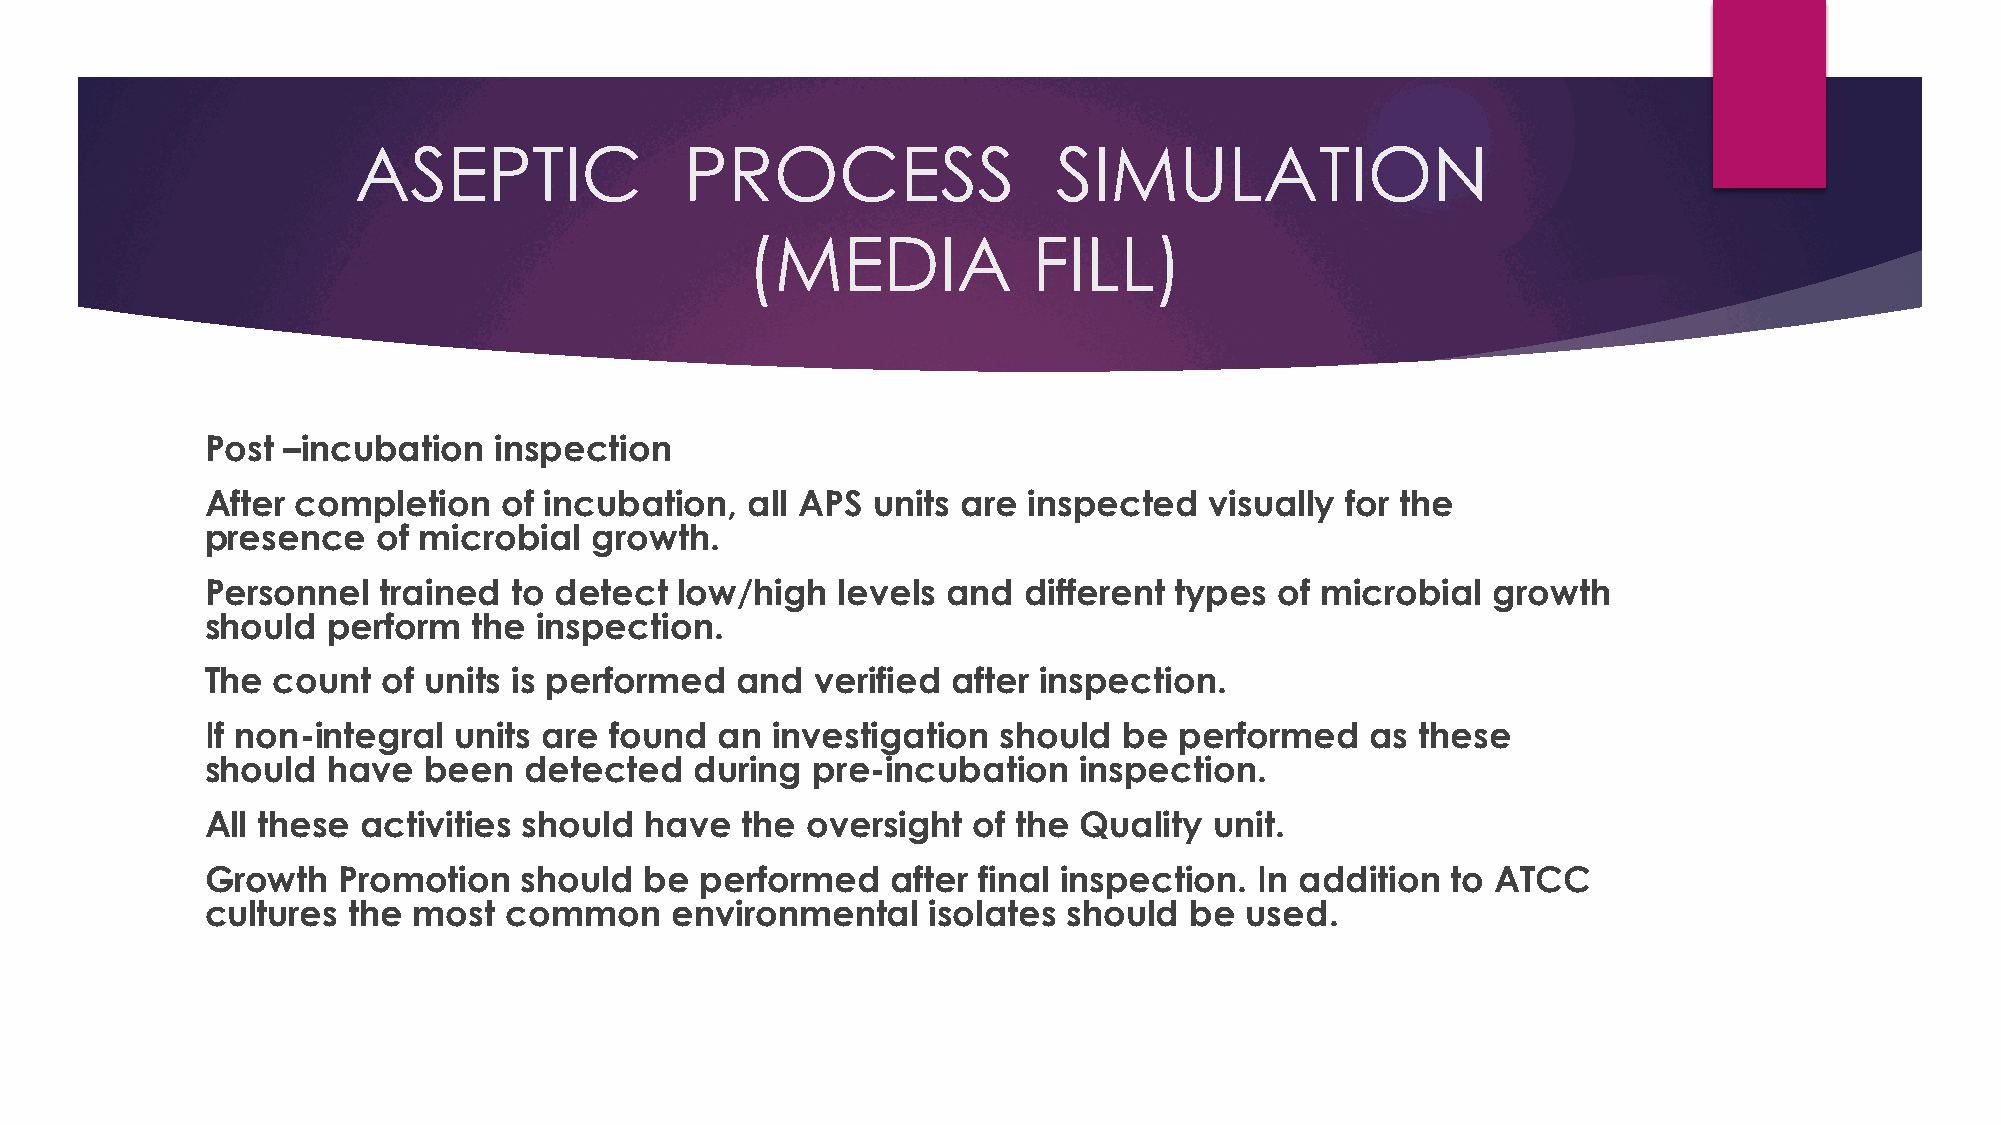
ASEPTIC               PROCESS                  SIMULATION
 (MEDIA             FILL)
 Post –incubation   inspection
 After completion   of incubation,   all APS units are inspected   visually for the
 presence   of microbial  growth.
 Personnel  trained  to detect  low/high  levels  and  different types  of microbial  growth
 should  perform  the  inspection.
 The count  of units is performed   and  verified after inspection.
 If non-integral units are found   an investigation  should  be  performed    as these
 should  have  been   detected   during  pre-incubation   inspection.
 All these activities should  have  the oversight  of the Quality  unit.
 Growth  Promotion    should  be performed    after final inspection. In addition  to ATCC
 cultures the most  common     environmental    isolates  should  be used.